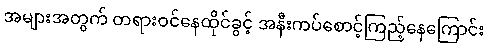
အများအတွက် တရားဝင်နေထိုင်ခွင့် အနီးကပ်စောင့်ကြည့်နေကြောင်း